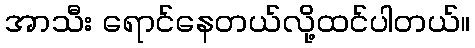
အာသီး ရောင်နေတယ်လို့ထင်ပါတယ်။